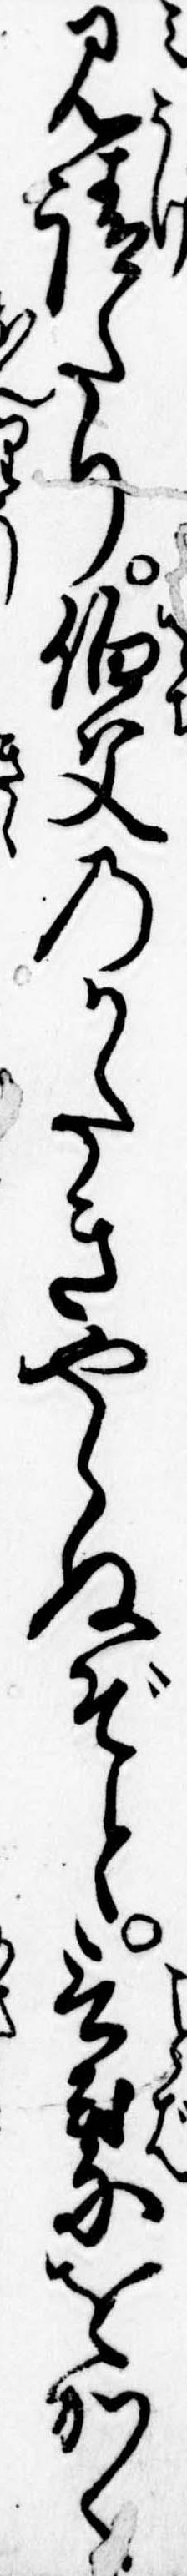
見請たり伯父のかたきやらぬぞと言葉をかく